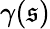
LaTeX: \gamma(\mathfrak{s})